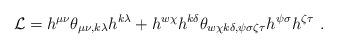
LaTeX: \begin{align*}{\cal L}=h^{\mu\nu}\theta_{\mu\nu ,k\lambda}h^{k\lambda}+h^{w\chi}h^{k\delta}\theta_{w\chi k\delta ,\psi\sigma \zeta \tau}h^{\psi \sigma}h^{\zeta \tau}\ .\end{align*}